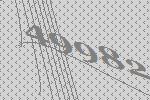
49982